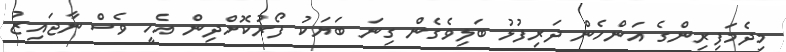
މިދެމަފިރިންގެ އަންހެން ދަރިފުޅު ބަލިވެގެން ގިނަ ބަޔަކު ފޯރުކޮށްދިން އެހީ ވެސް ނާޖައިޒު